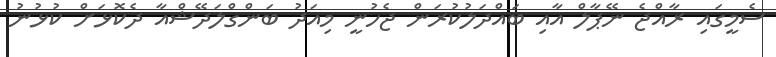
ސެމީގައި ރާއްޖެ ނޭޕާލް އާއި ބައްދަލުކުރަން ޖެހުނީ މިއަދު ބަންގްލަދޭޝްއާ ދެކޮޅަށް ކުޅުނު